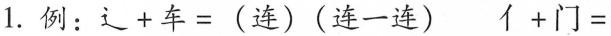
1.例：辶+车=(连)(连一连) 亻+门=